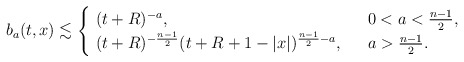
\begin{align*} b_{a}(t,x)\lesssim \begin{cases} \ (t+R)^{-a}, \ &\ 0<a<\frac{n-1}{2},\\\ (t+R)^{-\frac{n-1}{2}}(t+R+1-|x|)^{\frac{n-1}{2}-a}, \ &\ a>\frac{n-1}{2}.\end{cases}\end{align*}